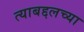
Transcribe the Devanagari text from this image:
त्याबद्दलच्या